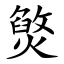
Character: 㷺